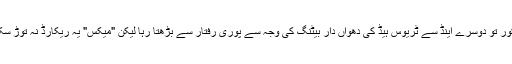
اسکور تو دوسرے اینڈ سے ٹریوس ہیڈ کی دھواں دار بیٹنگ کی وجہ سے پوری رفتار سے بڑھتا رہا لیکن "میکس" یہ ریکارڈ نہ توڑ سکے۔